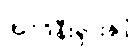
အင်ဒိုနီးရှားနှင့်